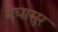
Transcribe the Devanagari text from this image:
मेघासुर